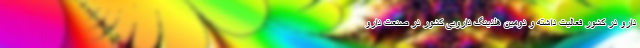
دارو در کشور فعالیت داشته و دومین هلدینگ دارویی کشور در صنعت دارو